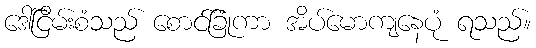
ဒေါ်ငြိမ်းစံသည် စောင်ခြုံကာ အိပ်မောကျနေပုံ ရသည်။